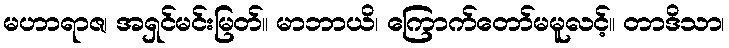
မဟာရာဇ၊ အရှင်မင်းမြတ်။ မာဘာယိ၊ ကြောက်တော်မမူလင့်။ တာဒိသာ၊